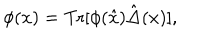
LaTeX: \phi ( x ) = \mathrm { T r } [ \phi ( \hat { x } ) \hat { \Delta } ( x ) ] ,